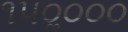
૧૫૦ૢ૦૦૦